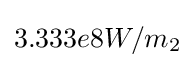
3.333e8W/m_{2}